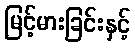
မြင့်မားခြင်းနှင့်